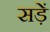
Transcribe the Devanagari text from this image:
सड़ें